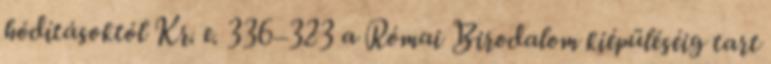
hódításoktól Kr. e. 336–323 a Római Birodalom kiépüléséig tart